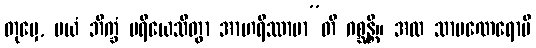
တုမှေ, မယံ ဘိက္ခံ ပရိယေသိတွာ အာဟရိဿာမာ”တိ ဂစ္ဆန္တိ။ အထ သာမဏေရောပိ